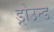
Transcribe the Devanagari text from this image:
ड्रोउन्ड